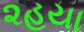
૨હયા